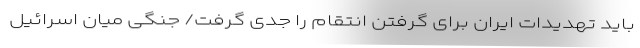
باید تهدیدات ایران برای گرفتن انتقام را جدی گرفت/ جنگی میان اسرائیل